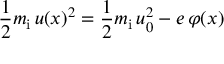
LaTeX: { \frac { 1 } { 2 } } m _ { \mathrm { i } } \, u ( x ) ^ { 2 } = { \frac { 1 } { 2 } } m _ { \mathrm { i } } \, u _ { 0 } ^ { 2 } - e \, \varphi ( x )